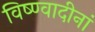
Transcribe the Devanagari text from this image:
विष्ण्वादीनां